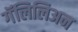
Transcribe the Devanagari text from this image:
गॅलिलिअन